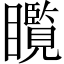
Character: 𱳘